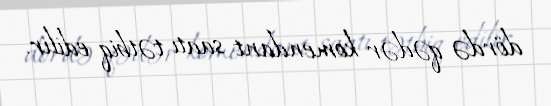
dördə qədər komendant saatı tətbiq edilir.